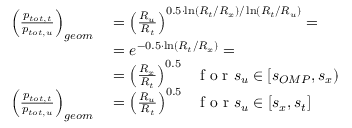
\begin{array} { r l } { \left( \frac { p _ { t o t , t } } { p _ { t o t , u } } \right) _ { g e o m } } & { { } = \left( \frac { R _ { u } } { R _ { t } } \right) ^ { 0 . 5 \cdot \ln ( R _ { t } / R _ { x } ) / \ln ( R _ { t } / R _ { u } ) } = } \\ { ~ } & { { } = e ^ { - 0 . 5 \cdot \ln ( R _ { t } / R _ { x } ) } = } \\ { ~ } & { { } = \left( \frac { R _ { x } } { R _ { t } } \right) ^ { 0 . 5 } ~ ~ \mathrm { ~ f ~ o ~ r ~ } s _ { u } \in [ s _ { O M P } , s _ { x } ) } \\ { \left( \frac { p _ { t o t , t } } { p _ { t o t , u } } \right) _ { g e o m } } & { { } = \left( \frac { R _ { u } } { R _ { t } } \right) ^ { 0 . 5 } ~ ~ \mathrm { ~ f ~ o ~ r ~ } s _ { u } \in [ s _ { x } , s _ { t } ] } \end{array}